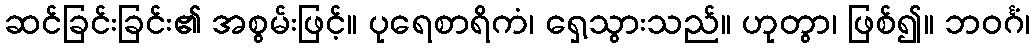
ဆင်ခြင်းခြင်း၏ အစွမ်းဖြင့်။ ပုရေစာရိကံ၊ ရှေ့သွားသည်။ ဟုတွာ၊ ဖြစ်၍။ ဘဝင်္ဂံ၊